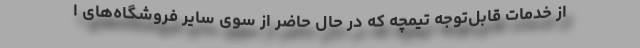
از خدمات قابل‌توجه تیمچه که در حال حاضر از سوی سایر فروشگاه‌های ا